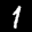
Label: 1